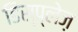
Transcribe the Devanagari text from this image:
डिस्प्लेज़